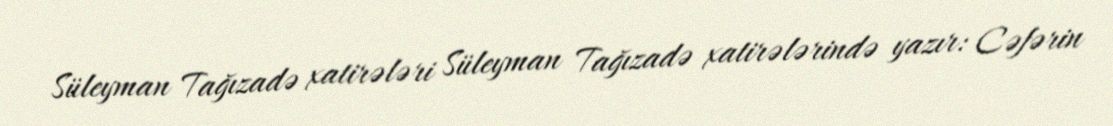
Süleyman Tağızadə xatirələri Süleyman Tağızadə xatirələrində yazır: Cəfərin